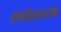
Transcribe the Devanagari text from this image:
संगीतनाटके